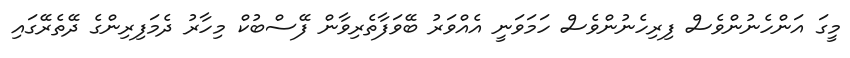
މީގަ އަންހެނުންވެސް ފިރިހެނުންވެސް ހަމަވަނީ އެއްވަރު ބޭވަފާތެރިވާން ފޭސްބުކް މިހާރު ދެމަފިރިންގެ ދޭތެރޭގައި